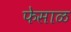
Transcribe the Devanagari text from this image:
फेसाळ